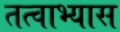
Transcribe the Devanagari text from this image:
तत्वाभ्यास